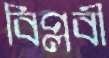
বিপ্লবী